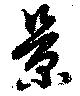
景